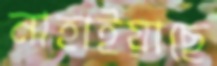
নাহাইয়াছে